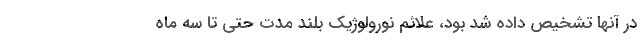
در آنها تشخیص داده شد بود، علائم نورولوژیک بلند مدت حتی تا سه ماه